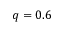
q = 0 . 6